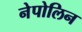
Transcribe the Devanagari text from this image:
नेपोलिन